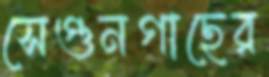
সেগুনগাছের